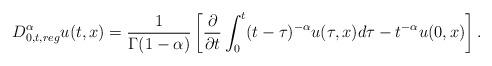
LaTeX: \begin{align*}D^{\alpha}_{0,t, reg}u(t,x)=\frac{1}{\Gamma(1-\alpha)}\left[\frac{\partial}{\partial t}\int_{0}^{t}(t-\tau)^{-\alpha}u(\tau, x)d\tau - t^{-\alpha}u(0,x) \right].\end{align*}